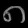
Digit: ၈